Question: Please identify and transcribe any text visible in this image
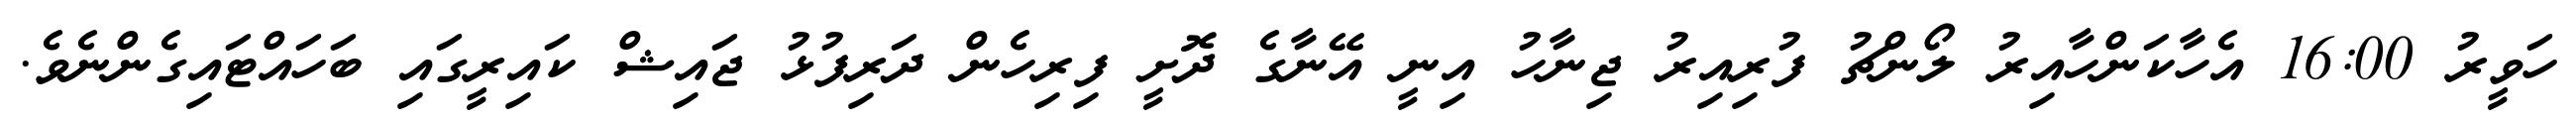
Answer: ހަވީރު 16:00 އެހާކަންހާއިރު ލޯންޗު ފުރިއިރު ޖިނާހު އިނީ އޭނާގެ ދޮށީ ފިރިހެން ދަރިފުޅު ޖައިޝް ކައިރީގައި ބަހައްޓައިގެންނެވެ.